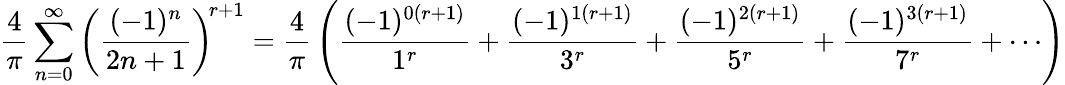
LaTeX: {\frac{4}{\pi}}\sum_{n=0}^{\infty}\left({\frac{(-1)^{n}}{2n+1}}\right)^{\! r+1}={\frac{4}{\pi}}\left({\frac{(-1)^{0(r+1)}}{1^{r}}}+{\frac{(-1)^{1(r+1)}}{3^{r}}}+{\frac{(-1)^{2(r+1)}}{5^{r}}}+{\frac{(-1)^{3(r+1)}}{7^{r}}}+\cdots\right)